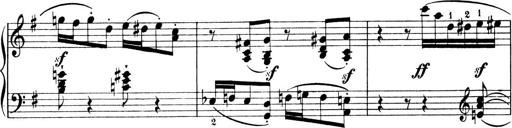
Title: 4 Sonatines
Composer: Max Reger